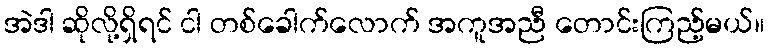
အဲဒါ ဆိုလို့ရှိရင် ငါ တစ်ခေါက်လောက် အကူအညီ တောင်းကြည့်မယ်။